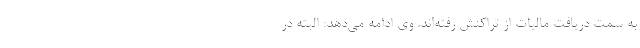
به سمت دریافت مالیات از تراکنش رفته‌اند. وی ادامه می‌دهد: البته در